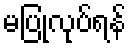
မပြုလုပ်ရန်